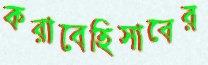
করাবেহিসাবের